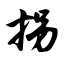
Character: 拐